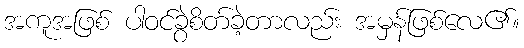
အကူအဖြစ် ပါဝင်ခွဲစိတ်ခဲ့တာလည်း အမှန်ဖြစ်လေ၏။